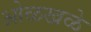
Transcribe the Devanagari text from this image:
ओळखळे